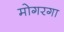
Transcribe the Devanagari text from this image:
मोगरगा